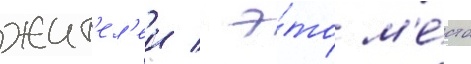
жит'ел'еи / э́то м'е́сто